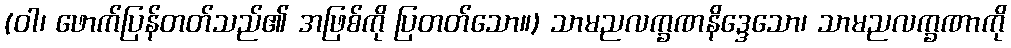
(ဝါ၊ ဖောက်ပြန်တတ်သည်၏ အဖြစ်ကို ပြတတ်သော။) သာမညလက္ခဏနိဒ္ဒေသော၊ သာမညလက္ခဏာကို